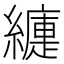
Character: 𦆍